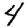
Digit: 4